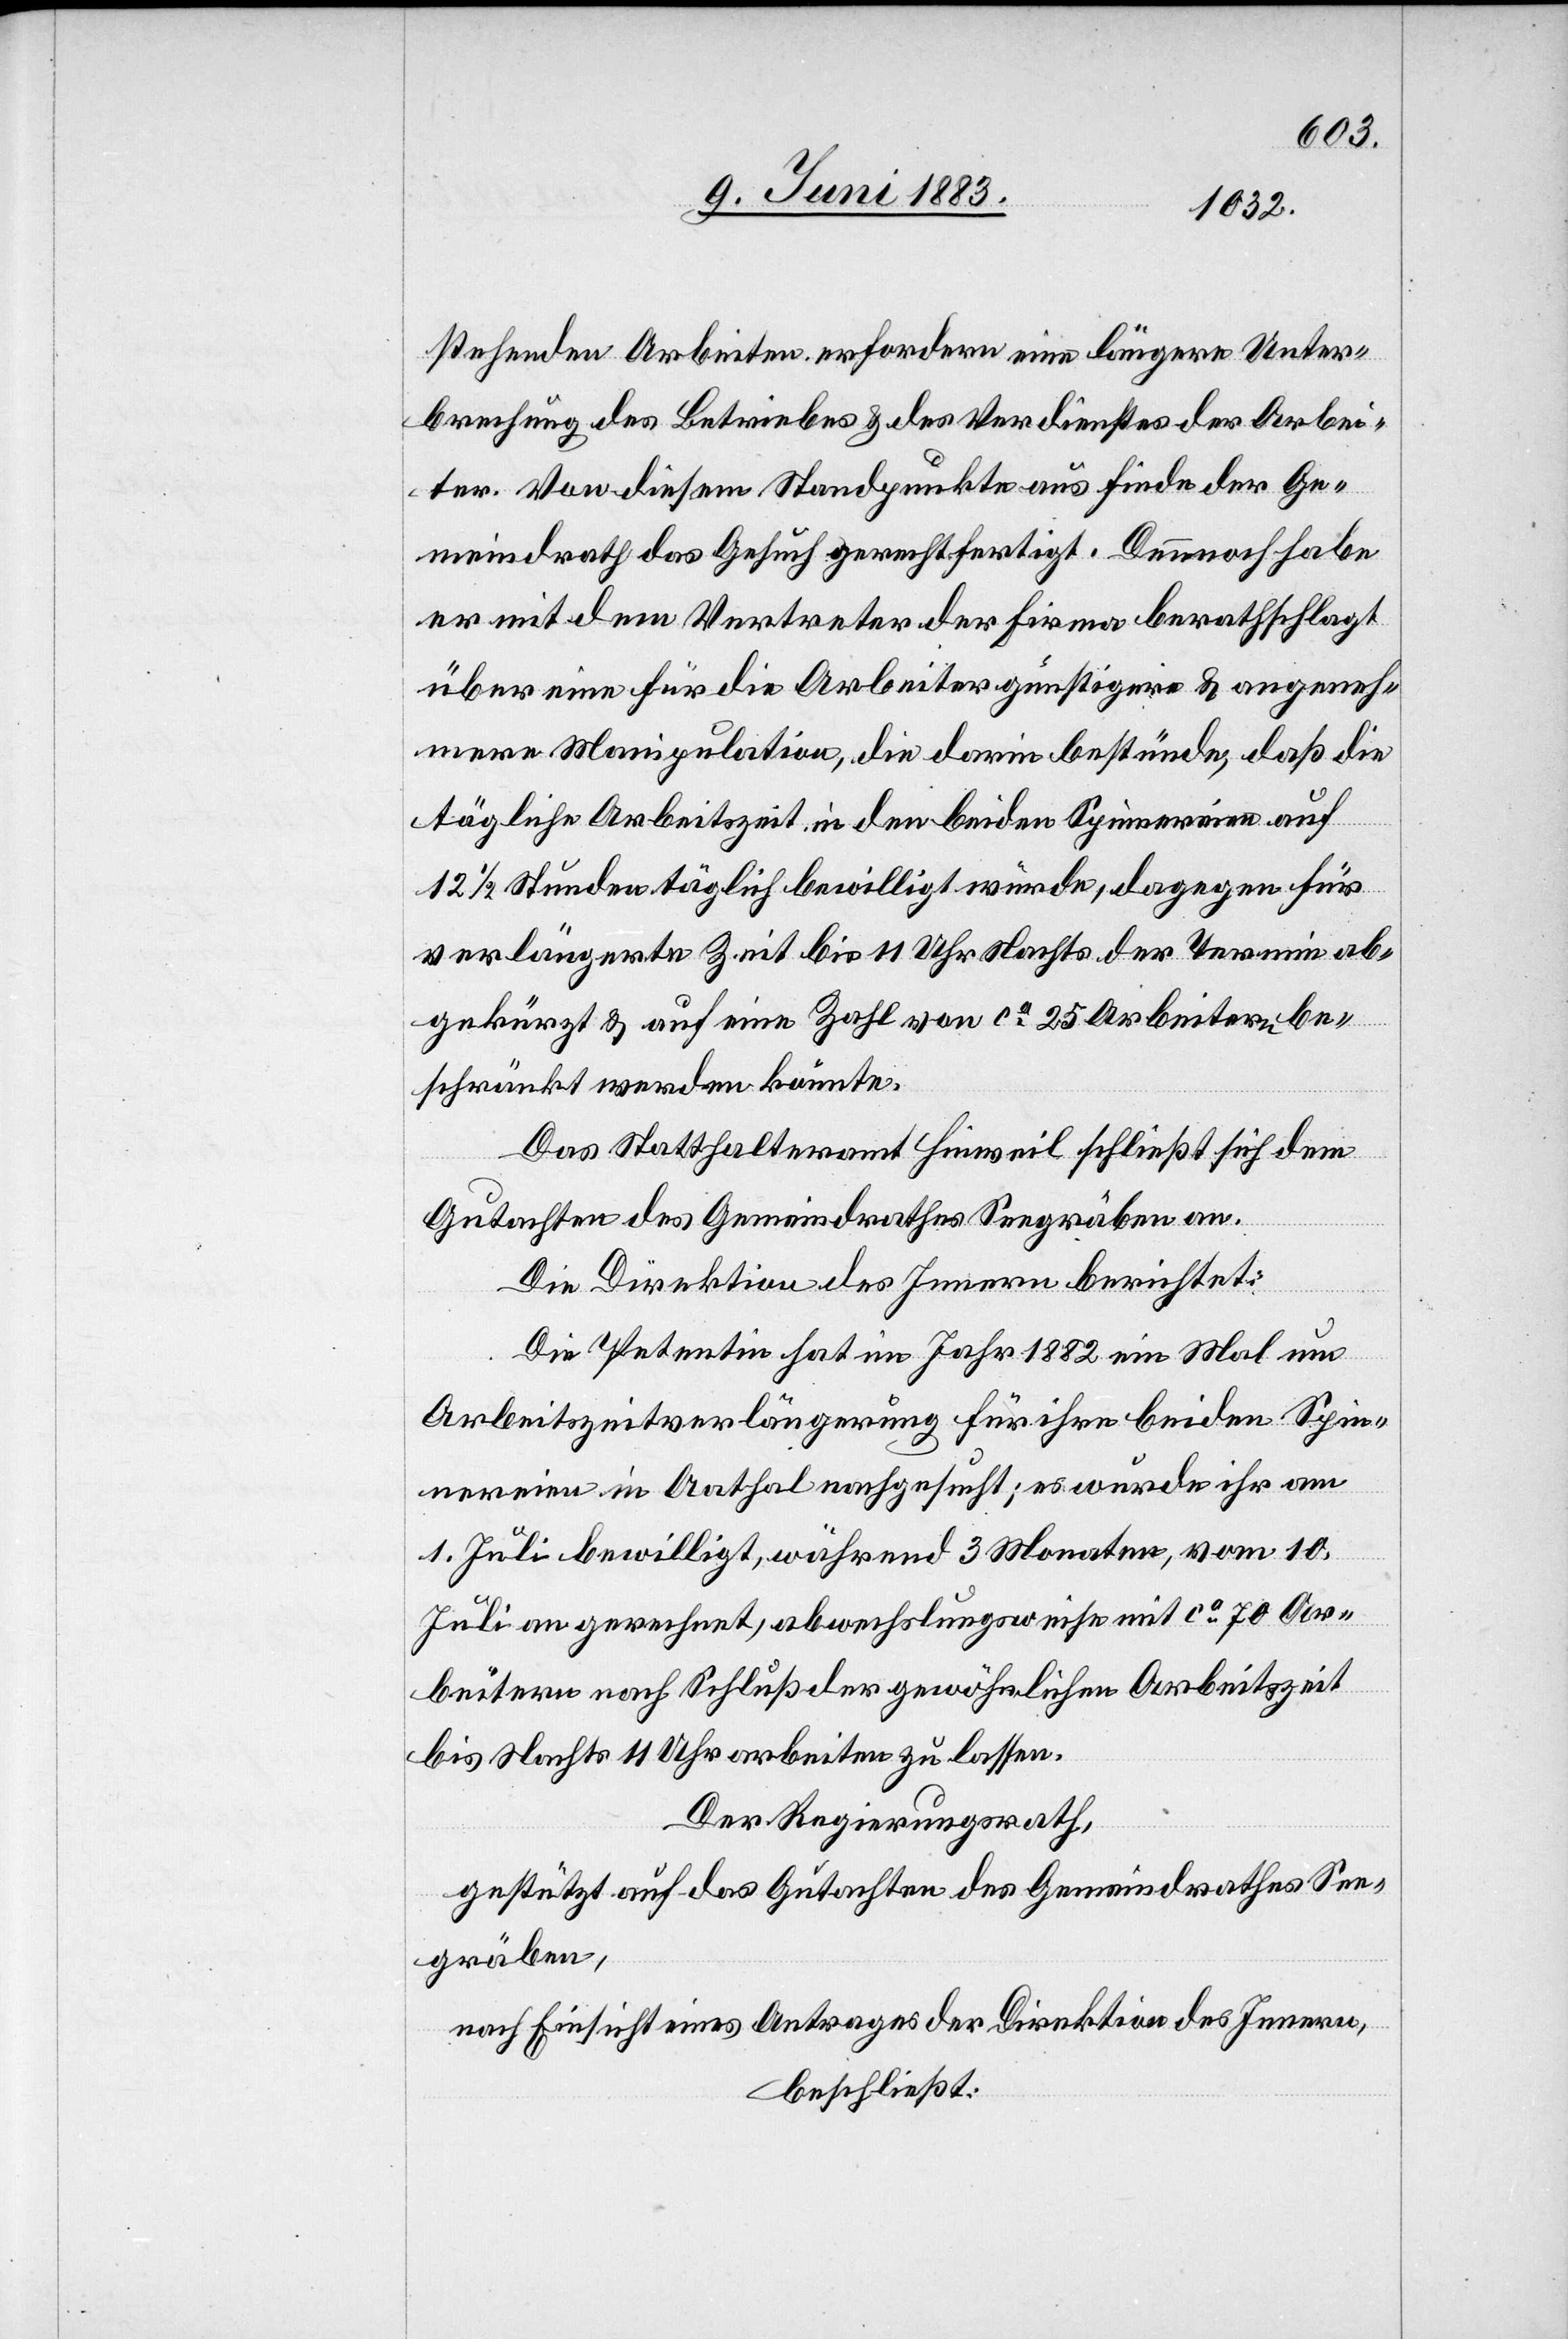
stehenden Arbeiten erfordern eine längere Unter¬
brechung des Betriebes & des Verdienstes der Arbei¬
ter. Von diesem Standpunkte aus finde der Ge¬
meindrath das Gesuch gerechtfertigt. Dennoch habe
er mit dem Vertreter der Firma berathschlagt
über eine für die Arbeiter günstigere & angeneh¬
mere Manipulation, die darin bestünde, daß die
tägliche Arbeitszeit in den beiden Spinnereien auf
12 1/2 Stunden täglich bewilligt würde, dagegen für
verlängerte Zeit bis 11 Uhr Nachts der Termin ab¬
gekürzt & auf eine Zahl von ca 25 Arbeitern be¬
schränkt werden könnte.
Das Statthalteramt Hinweil schließt sich dem
Gutachten des Gemeindrathes Seegräben an.
Die Direktion des Innern berichtet:
Die Petentin hat im Jahr 1882 ein Mal um
Arbeitszeitverlängerung für ihre beiden Spin¬
nereien in Aathal nachgesucht; es wurde ihr am
1. Juli bewilligt, während 3 Monaten, vom 10.
Juli an gerechnet, abwechslungsweise mit ca 70 Ar¬
beitern nach Schluß der gewöhnlichen Arbeitszeit
bis Nachts 11 Uhr arbeiten zu lassen.
Der Regierungsrath,
gestützt auf das Gutachten des Gemeindrathes See¬
gräben,
nach Einsicht eines Antrages der Direktion des Innern,
beschließt: